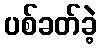
ပစ်ခတ်ခဲ့